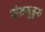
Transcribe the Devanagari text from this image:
संतजुडुरु